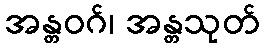
အန္တဝဂ်၊ အန္တသုတ်